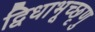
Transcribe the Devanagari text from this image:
द्विधाभूच्छृणु